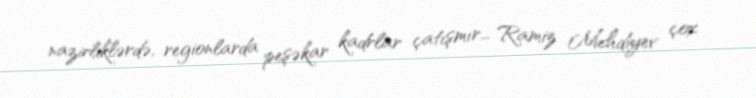
nazirliklərdə, regionlarda peşəkar kadrlar çatışmır... Ramiz Mehdiyev çox